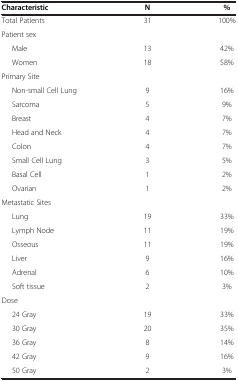
<table><thead><tr><td><b>Characteristic</b></td><td><b>N</b></td><td><b>%</b></td></tr></thead><tbody><tr><td>Total Patients</td><td>31</td><td>100%</td></tr><tr><td>Patient sex</td><td> </td><td> </td></tr><tr><td>Male</td><td>13</td><td>42%</td></tr><tr><td>Women</td><td>18</td><td>58%</td></tr><tr><td>Primary Site</td><td> </td><td> </td></tr><tr><td>Non-small Cell Lung</td><td>9</td><td>16%</td></tr><tr><td>Sarcoma</td><td>5</td><td>9%</td></tr><tr><td>Breast</td><td>4</td><td>7%</td></tr><tr><td>Head and Neck</td><td>4</td><td>7%</td></tr><tr><td>Colon</td><td>4</td><td>7%</td></tr><tr><td>Small Cell Lung</td><td>3</td><td>5%</td></tr><tr><td>Basal Cell</td><td>1</td><td>2%</td></tr><tr><td>Ovarian</td><td>1</td><td>2%</td></tr><tr><td>Metastatic Sites</td><td> </td><td> </td></tr><tr><td>Lung</td><td>19</td><td>33%</td></tr><tr><td>Lymph Node</td><td>11</td><td>19%</td></tr><tr><td>Osseous</td><td>11</td><td>19%</td></tr><tr><td>Liver</td><td>9</td><td>16%</td></tr><tr><td>Adrenal</td><td>6</td><td>10%</td></tr><tr><td>Soft tissue</td><td>2</td><td>3%</td></tr><tr><td>Dose</td><td> </td><td> </td></tr><tr><td>24 Gray</td><td>19</td><td>33%</td></tr><tr><td>30 Gray</td><td>20</td><td>35%</td></tr><tr><td>36 Gray</td><td>8</td><td>14%</td></tr><tr><td>42 Gray</td><td>9</td><td>16%</td></tr><tr><td>50 Gray</td><td>2</td><td>3%</td></tr></tbody></table>